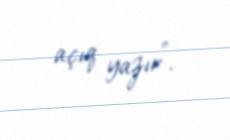
açıq yazır”.